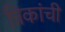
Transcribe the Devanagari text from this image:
त्रिकांची